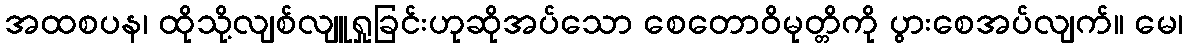
အထစပန၊ ထိုသို့လျစ်လျူရှုခြင်းဟုဆိုအပ်သော စေတောဝိမုတ္တိကို ပွားစေအပ်လျက်။ မေ၊